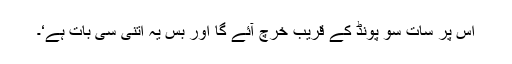
اس پر سات سو پونڈ کے قریب خرچ آئے گا اور بس یہ اتنی سی بات ہے‘۔